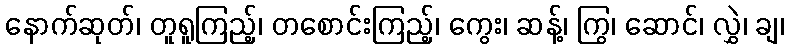
နောက်ဆုတ်၊ တူရူကြည့်၊ တစောင်းကြည့်၊ ကွေး၊ ဆန့်၊ ကြွ၊ ဆောင်၊ လွှဲ၊ ချ၊